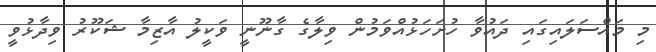
މި މައްސަލައިގައި ދައުވާ ހުށަހަޅުއްވަމުން ވިލާގެ ގާނޫނީ ވަކީލު އާޒިމާ ޝަކޫރު ވިދާޅުވީ